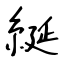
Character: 綖